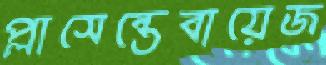
প্লাসেন্তেবায়েজ